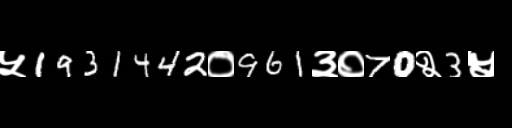
Text: ५1931442०961३०70२3५